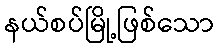
နယ်စပ်မြို့ဖြစ်သော